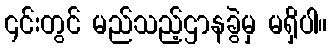
၎င်းတွင် မည်သည့်ဌာနခွဲမှ မရှိပါ။